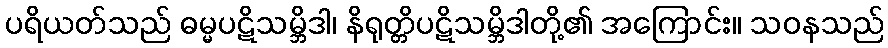
ပရိယတ်သည် ဓမ္မပဋိသမ္ဘိဒါ၊ နိရုတ္တိပဋိသမ္ဘိဒါတို့၏ အကြောင်း။ သဝနသည်